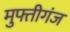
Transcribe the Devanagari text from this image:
मुफ्तीगंज